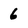
Character: 6